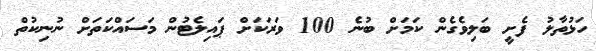
ހަޅުތާލު ފެށީ ބަލިވެގެން ކަމަށް ބުނެ 100 ވަރަކަށް ޕައިލެޓުން މަސައްކަތަށް ނުނިކުތް